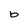
Character: b